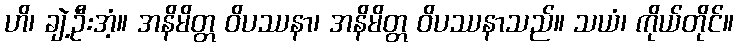
ဟိ၊ ချဲ့ဦးအံ့။ အနိမိတ္တ ဝိပဿနာ၊ အနိမိတ္တ ဝိပဿနာသည်။ သယံ၊ ကိုယ်တိုင်။